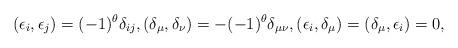
LaTeX: \begin{align*} (\epsilon_i,\epsilon_j)=(-1)^{\theta}\delta_{ij},(\delta_\mu,\delta_\nu)=-(-1)^{\theta}\delta_{\mu\nu},(\epsilon_i,\delta_\mu)=(\delta_\mu,\epsilon_i)=0,\end{align*}